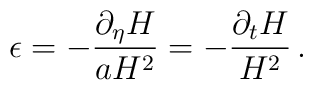
\epsilon = - \frac{\partial_\eta H }{a H^2} = - \frac{\partial_t H }{ H^2}\, .